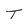
Character: T